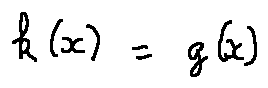
k ( x ) = g ( x )